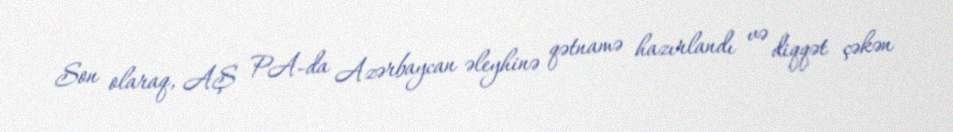
Son olaraq, AŞ PA-da Azərbaycan əleyhinə qətnamə hazırlandı və diqqət çəkən